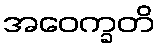
အဝေက္ခတိ